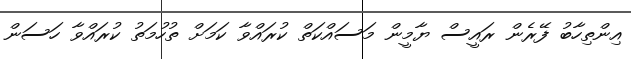
އިންތިހާބު ފޭރެން ރައީސް ޔާމީން މަސައްކަތް ކުރައްވާ ކަމަށް ތުހުމަތު ކުރައްވާ ހަސަން